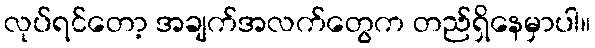
လုပ်ရင်တော့ အချက်အလက်တွေက တည်ရှိနေမှာပါ။